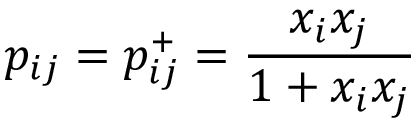
p _ { i j } = p _ { i j } ^ { + } = \frac { x _ { i } x _ { j } } { 1 + x _ { i } x _ { j } }